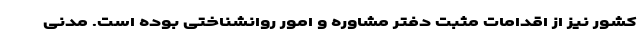
کشور نیز از اقدامات مثبت دفتر مشاوره و امور روانشناختی بوده است. مدنی